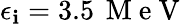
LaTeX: \epsilon_{\mathbf{i}}=3.5\, \mathrm{{~M~e~V~}}